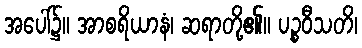
အပေါ်၌။ အာစရိယာနံ၊ ဆရာတို့၏။ ပဉ္စဝီသတိ၊